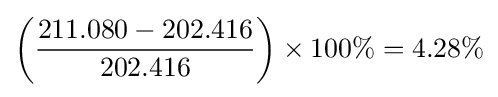
\left({\frac {211.080-202.416}{202.416}}\right)\times 100\%=4.28\%